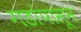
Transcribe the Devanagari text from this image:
गडांपासून